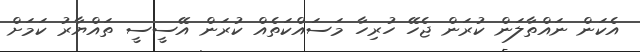
އެކަން ނައްތާލަން ކުރަން ޖެހޭ ހުރިހާ މަސައްކަތެއް ކުރަން އޭސީސީ ތައްޔާރު ކަމަށް